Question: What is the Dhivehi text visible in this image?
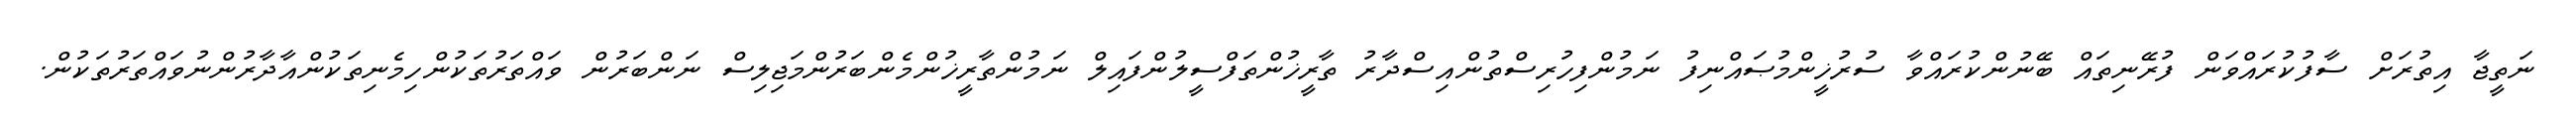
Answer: ނަތީޖާ އިތުރަށް ސާފުކުރައްވަން ފުރޭނިތައް ބޭނުންކުރައްވާ ސުރުޚީންމުޞައްނިފު ނަމުންފިހުރިސްތުންއިސްދާރު ތާރީޚުންތަފްސީލުންފައިލް ނަމުންތާރީޚުންމެންބަރުންމަޖިލިސް ނަންބަރުން ވައްތަރުތަކުންހިމެނިތަކުންއާދާރުންނުވައްތަރުތަކުން.